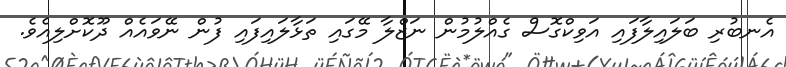
އެނބުރި ބަލައިލާފައި އަވިކްގޮސް ގެއްލުމުން ނަޒްލާ މޭގައި ތަޅާލައިފައި ފުން ނޭވައެއް ދޫކޮށްލިއެވެ.